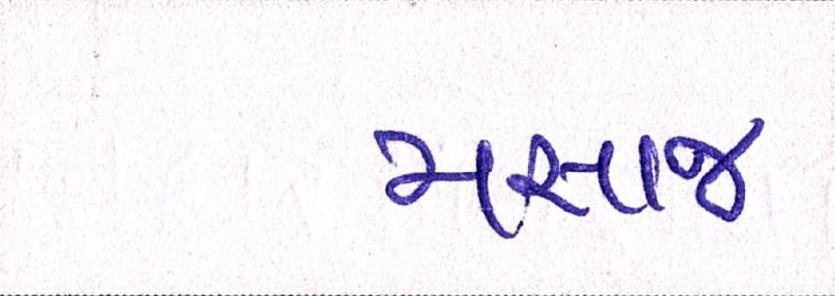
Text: મસાજ